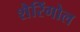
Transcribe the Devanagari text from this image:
शैरिंगोल